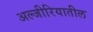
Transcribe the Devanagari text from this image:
अल्जीरियातील